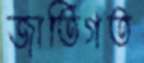
জাতিগত